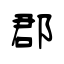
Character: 郡